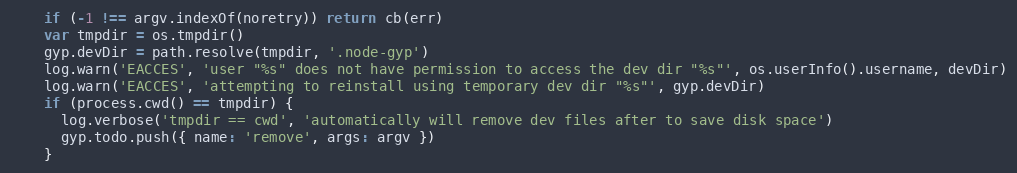
Language: JavaScript
    if (-1 !== argv.indexOf(noretry)) return cb(err)
    var tmpdir = os.tmpdir()
    gyp.devDir = path.resolve(tmpdir, '.node-gyp')
    log.warn('EACCES', 'user "%s" does not have permission to access the dev dir "%s"', os.userInfo().username, devDir)
    log.warn('EACCES', 'attempting to reinstall using temporary dev dir "%s"', gyp.devDir)
    if (process.cwd() == tmpdir) {
      log.verbose('tmpdir == cwd', 'automatically will remove dev files after to save disk space')
      gyp.todo.push({ name: 'remove', args: argv })
    }